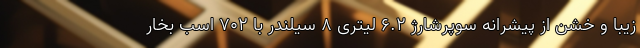
زیبا و خشن از پیشرانه سوپرشارژ 6.2 لیتری 8 سیلندر با 702 اسب بخار